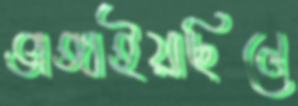
ভাঙ্গাইয়াছিলে